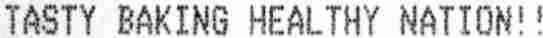
TASTY BAKING HEALTHY NATION! !